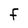
Character: F